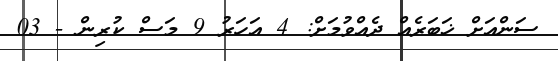
ސަންއަށް ޚަބަރެއް ދެއްވުމަށް: 4 އަހަރު 9 މަސް ކުރިން - 03